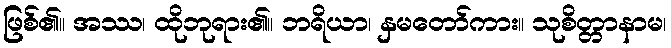
ဖြစ်၏။ အဿ၊ ထိုဘုရား၏။ ဘရိယာ၊ နှမတော်ကား။ သုစိတ္တာနာမ၊